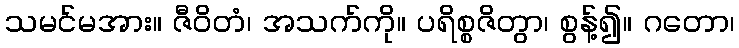
သမင်မအား။ ဇီဝိတံ၊ အသက်ကို။ ပရိစ္စဇိတွာ၊ စွန့်၍။ ဂတော၊